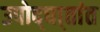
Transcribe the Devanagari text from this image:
उपोद्‌घा्तांत